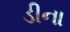
ડીના